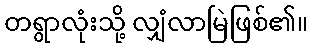
တရွာလုံးသို့ လျှံလာမြဲဖြစ်၏။